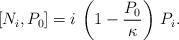
LaTeX: \begin{align*} \left[N_{i},P_{0}\right] = i\, \left( 1 - {P_0\over \kappa}\right)\,P_{i}.\end{align*}